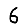
Digit: 6